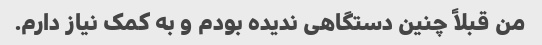
من قبلاً چنین دستگاهی ندیده بودم و به کمک نیاز دارم.